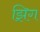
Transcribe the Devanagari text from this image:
झिग